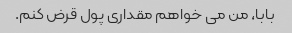
بابا، من می خواهم مقداری پول قرض کنم.